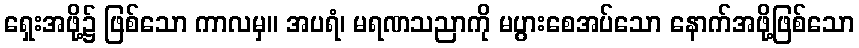
ရှေးအဖို့၌ ဖြစ်သော ကာလမှ။ အပရံ၊ မရဏသညာကို မပွားစေအပ်သော နောက်အဖို့ဖြစ်သော